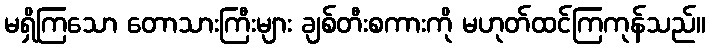
မရှိကြသော တောသားကြီးများ ချစ်တီးစကားကို မဟုတ်ထင်ကြကုန်သည်။